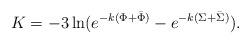
LaTeX: \begin{align*}K=-3\ln ( e^{-k(\Phi+\bar\Phi)}-e^{-k(\Sigma+\bar\Sigma)}).\end{align*}